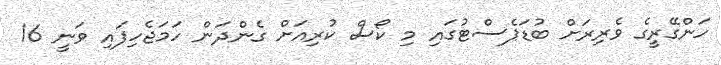
ހަންގޭރީގެ ވެރިރަށް ބުޑަޕެސްޓުގައި މި ކޯސް ކުރިއަށް ގެންދަން ހަމަޖެހިފައި ވަނީ 16